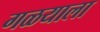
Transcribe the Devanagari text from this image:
गळयाला